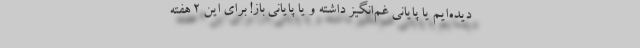
دیده‌ایم یا پایانی غم‌انگیز داشته و یا پایانی باز! برای این 2 هفته